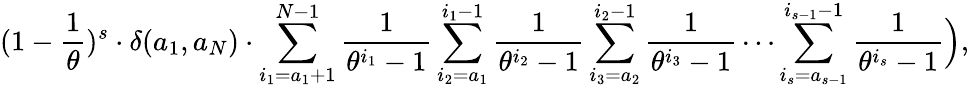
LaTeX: (1-\frac{1}{\theta})^{s}\cdot\delta(a_{1},a_{N})\cdot\sum_{i_{1}=a_{1}+1}^{N-1}\frac{1}{\theta^{i_{1}}-1}\sum_{i_{2}=a_{1}}^{i_{1}-1}\frac{1}{\theta^{i_{2}}-1}\sum_{i_{3}=a_{2}}^{i_{2}-1}\frac{1}{\theta^{i_{3}}-1}\cdots\sum_{i_{s}=a_{s-1}}^{i_{s-1}-1}\frac{1}{\theta^{i_{s}}-1}\Big),